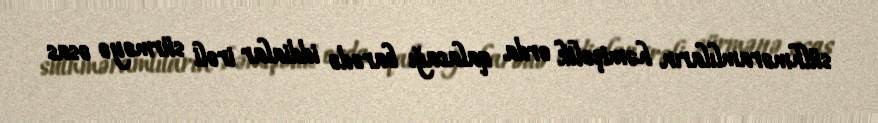
sülhməramlıların həmişəlik orda qalacağı barədə iddialar irəli sürməyə əsas